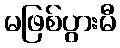
မဖြစ်ပွားမီ